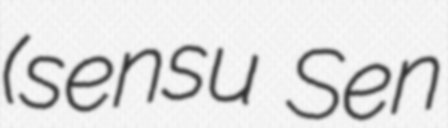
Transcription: (sensu Sen